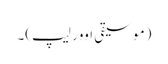
(موسیقی اوور لیپ)۔